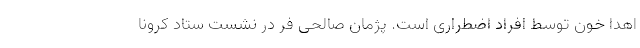
اهدا خون توسط افراد اضطراری است. پژمان صالحی فر در نشست ستاد کرونا